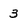
Character: 3